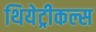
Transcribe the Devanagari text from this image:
थियेट्रीकल्स